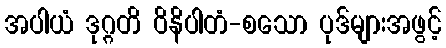
အပါယံ ဒုဂ္ဂတိ ဝိနိပါတံ-စသော ပုဒ်များအဖွင့်